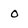
Character: 0